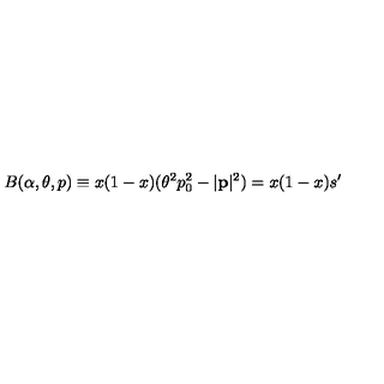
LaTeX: B ( \alpha , \theta , p ) \equiv x ( 1 - x ) ( \theta ^ { 2 } p _ { 0 } ^ { 2 } - | \mathbf { p } | ^ { 2 } ) = x ( 1 - x ) s ^ { \prime }